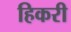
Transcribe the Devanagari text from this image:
हिकरी